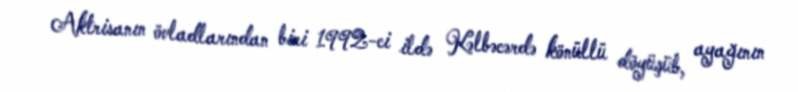
Aktrisanın övladlarından biri 1992-ci ildə Kəlbəcərdə könüllü döyüşüb, ayağının